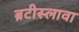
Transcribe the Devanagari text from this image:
ब्रटीस्लावा